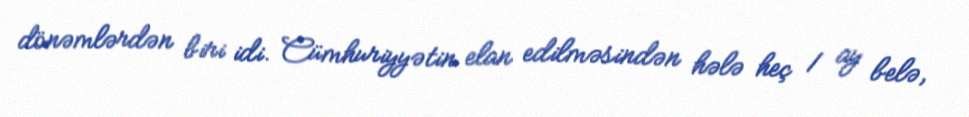
dönəmlərdən biri idi. Cümhuriyyətin elan edilməsindən hələ heç 1 ay belə,